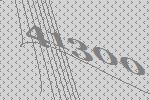
41300